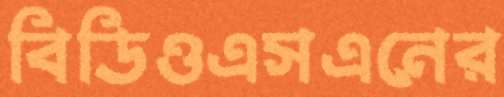
বিডিওএসএনের